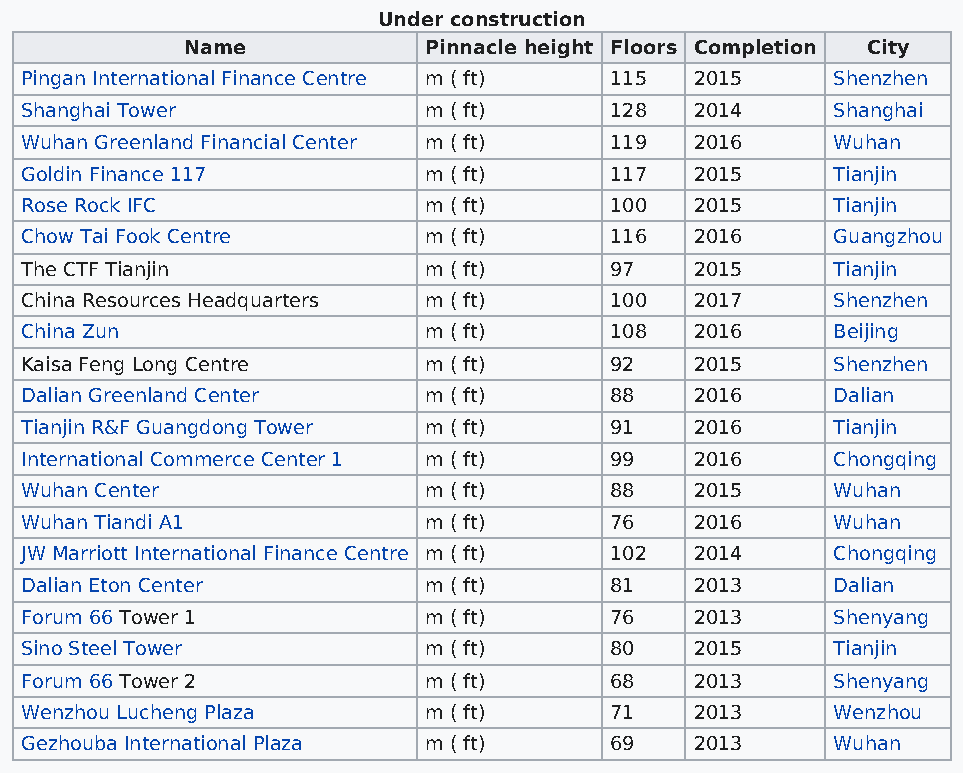
Under construction
 Name            Pinnacle height Floors Completion City
 Pingan International Finance Centre m ( ft) 115 2015  Shenzhen
 Shanghai Tower             m ( ft)     128   2014     Shanghai
 Wuhan Greenland Financial Center m ( ft) 119 2016     Wuhan
 Goldin Finance 117         m ( ft)     117   2015     Tianjin
 Rose Rock IFC              m ( ft)     100   2015     Tianjin
 Chow Tai Fook Centre       m ( ft)     116   2016     Guangzhou
 The CTF Tianjin            m ( ft)     97    2015     Tianjin
 China Resources Headquarters m ( ft)   100   2017     Shenzhen
 China Zun                  m ( ft)     108   2016     Beijing
 Kaisa Feng Long Centre     m ( ft)     92    2015     Shenzhen
 Dalian Greenland Center    m ( ft)     88    2016     Dalian
 Tianjin R&F Guangdong Tower m ( ft)    91    2016     Tianjin
 International Commerce Center 1 m ( ft) 99   2016     Chongqing
 Wuhan Center               m ( ft)     88    2015     Wuhan
 Wuhan Tiandi A1            m ( ft)     76    2016     Wuhan
 JW Marriott International Finance Centre m ( ft) 102 2014 Chongqing
 Dalian Eton Center         m ( ft)     81    2013     Dalian
 Forum 66 Tower 1           m ( ft)     76    2013     Shenyang
 Sino Steel Tower           m ( ft)     80    2015     Tianjin
 Forum 66 Tower 2           m ( ft)     68    2013     Shenyang
 Wenzhou Lucheng Plaza      m ( ft)     71    2013     Wenzhou
 Gezhouba International Plaza m ( ft)   69    2013     Wuhan